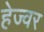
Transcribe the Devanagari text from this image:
हेज्वर